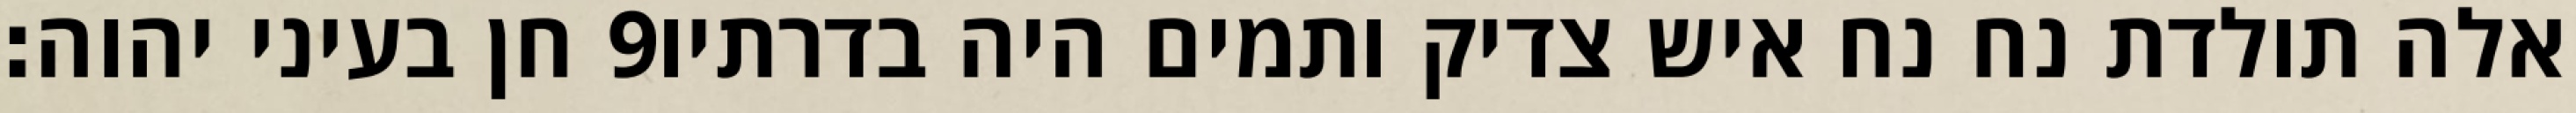
חן בעיני יהוה׃ ‎9‏ אלה תולדת נח נח איש צדיק ותמים היה בדרתיו